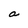
Character: a